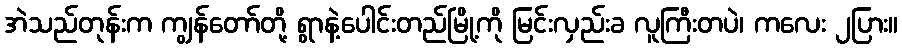
အဲသည်တုန်းက ကျွန်တော်တို့ ရွာနဲ့ပေါင်းတည်မြို့ကို မြင်းလှည်းခ လူကြီးတပဲ၊ ကလေး ၂ပြား။